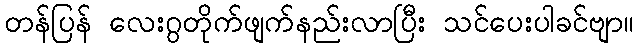
တန်ပြန် လေးဂွတိုက်ဖျက်နည်းလာပြီး သင်ပေးပါခင်ဗျာ။